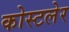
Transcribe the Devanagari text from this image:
कोस्टलेर